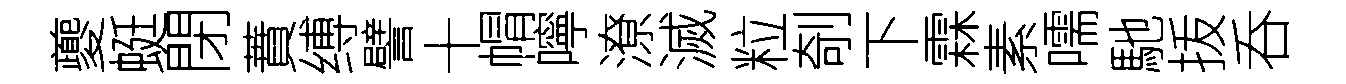
夔蜓閉蕡缚譬十㡌嚀潦滅粒剞下霖素嚅馳㧞呑